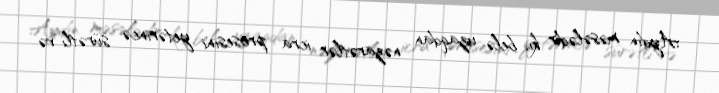
Aydın məsələdir ki, belə uzaqdan nəzarətlər icra prosesini yetərincə sürətli və